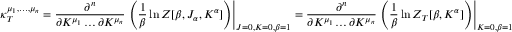
\kappa _ { T } ^ { \mu _ { 1 } , \hdots , \mu _ { n } } = \frac { \partial ^ { n } } { \partial K ^ { \mu _ { 1 } } \hdots \partial K ^ { \mu _ { n } } } \left. \left( \frac { 1 } { \beta } \ln Z [ \beta , J _ { \alpha } , K ^ { \alpha } ] \right) \right| _ { J = 0 , K = 0 , \beta = 1 } = \frac { \partial ^ { n } } { \partial K ^ { \mu _ { 1 } } \hdots \partial K ^ { \mu _ { n } } } \left. \left( \frac { 1 } { \beta } \ln Z _ { T } [ \beta , K ^ { \alpha } ] \right) \right| _ { K = 0 , \beta = 1 }